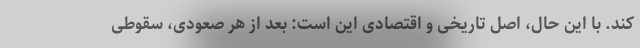
کند. با این حال، اصل تاریخی و اقتصادی این است: بعد از هر صعودی، سقوطی